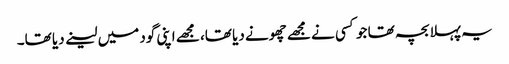
یہ پہلا بچہ تھا جو کسی نے مجھے چھونے دیا تھا، مجھے اپنی گود میں لینے دیا تھا۔